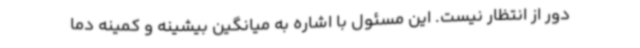
دور از انتظار نیست. این مسئول با اشاره به میانگین بیشینه و کمینه دما